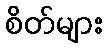
စိတ်များ